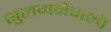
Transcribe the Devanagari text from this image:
सुलगनेवाली